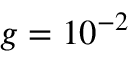
g = 1 0 ^ { - 2 }